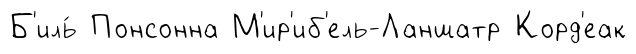
Б'иль́ Понсонна М'ир'иб'ель-Ланшатр Корд'еак